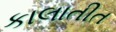
કાલાતીત